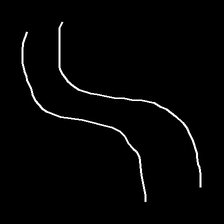
Glyph: float